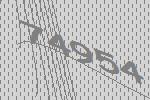
74954